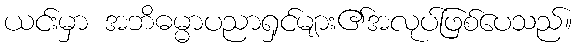
ယင်းမှာ အဘိဓမ္မာပညာရှင်များ၏အလုပ်ဖြစ်ပေသည်။